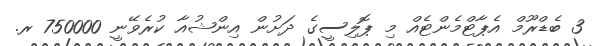
3 ބެޑްރޫމް އެޕާޓްމެންޓެއް މި ޕޮލިސީގެ ދަށުން އިންޝުއާ ކުރެވޭނީ 750000 ރ.